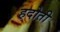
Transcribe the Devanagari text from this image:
हदोती